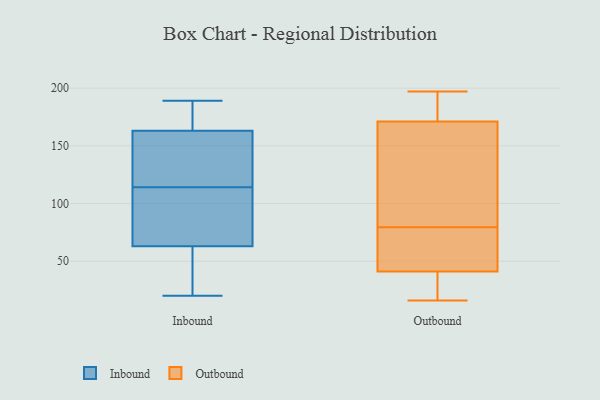
{"axis": {"x": "Conversion Rate (%)", "y": "Value"}, "legend": ["Inbound", "Outbound"], "data": [{"x": "", "y": 69, "type": "Inbound"}, {"x": "", "y": 140, "type": "Inbound"}, {"x": "", "y": 161, "type": "Inbound"}, {"x": "", "y": 119, "type": "Inbound"}, {"x": "", "y": 63, "type": "Inbound"}, {"x": "", "y": 134, "type": "Inbound"}, {"x": "", "y": 179, "type": "Inbound"}, {"x": "", "y": 40, "type": "Inbound"}, {"x": "", "y": 72, "type": "Inbound"}, {"x": "", "y": 53, "type": "Inbound"}, {"x": "", "y": 27, "type": "Inbound"}, {"x": "", "y": 189, "type": "Inbound"}, {"x": "", "y": 20, "type": "Inbound"}, {"x": "", "y": 109, "type": "Inbound"}, {"x": "", "y": 163, "type": "Inbound"}, {"x": "", "y": 100, "type": "Inbound"}, {"x": "", "y": 186, "type": "Inbound"}, {"x": "", "y": 173, "type": "Inbound"}, {"x": "", "y": 105, "type": "Outbound"}, {"x": "", "y": 68, "type": "Outbound"}, {"x": "", "y": 16, "type": "Outbound"}, {"x": "", "y": 54, "type": "Outbound"}, {"x": "", "y": 37, "type": "Outbound"}, {"x": "", "y": 160, "type": "Outbound"}, {"x": "", "y": 181, "type": "Outbound"}, {"x": "", "y": 41, "type": "Outbound"}, {"x": "", "y": 197, "type": "Outbound"}, {"x": "", "y": 67, "type": "Outbound"}, {"x": "", "y": 31, "type": "Outbound"}, {"x": "", "y": 171, "type": "Outbound"}, {"x": "", "y": 104, "type": "Outbound"}, {"x": "", "y": 42, "type": "Outbound"}, {"x": "", "y": 91, "type": "Outbound"}, {"x": "", "y": 194, "type": "Outbound"}, {"x": "", "y": 171, "type": "Outbound"}, {"x": "", "y": 21, "type": "Outbound"}]}